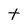
Character: t